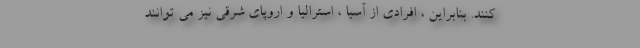
کنند. بنابراین ، افرادی از آسیا ، استرالیا و اروپای شرقی نیز می توانند